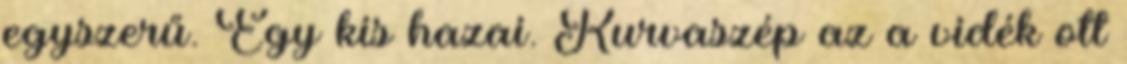
egyszerű. Egy kis hazai. Kurvaszép az a vidék ott